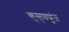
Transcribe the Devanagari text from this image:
कुसुमपुंज